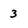
Character: 3